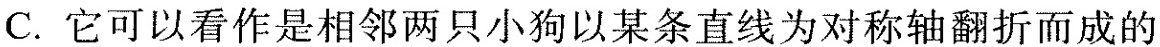
它可以看作是相邻两只小狗以某条直线为对称轴翻折而成的